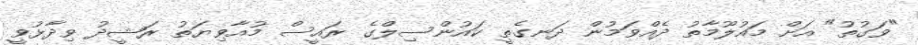
"ވަގުތު" އަށް މައުލޫމާތު ދެއްވަމުން ދަނގެތީ ކައުންސިލްގެ ރައީސް މުއާވިޔަތު ރަޝީދު ވިދާޅުވީ